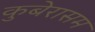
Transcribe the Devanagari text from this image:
कुबेरासम